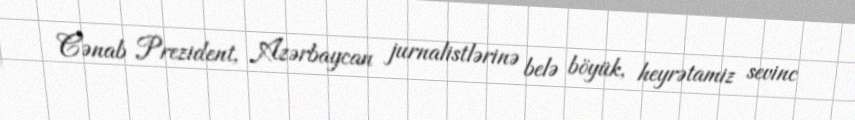
Cənab Prezident, Azərbaycan jurnalistlərinə belə böyük, heyrətamiz sevinc